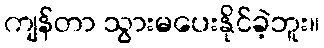
ကျန်တာ သွားမပေးနိုင်ခဲ့ဘူး။